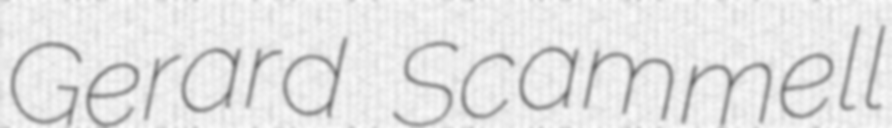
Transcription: Gerard Scammell